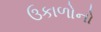
ઉકાળોનો